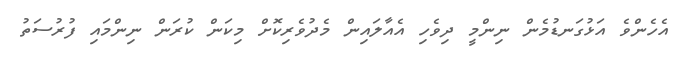
އެހެންވެ އަޅުގަނޑުމެން ނިންމީ ދިވެހި އެއާލައިން މެދުވެރިކޮށް މިކަން ކުރަން ނިންމައި ފުރުސަތު